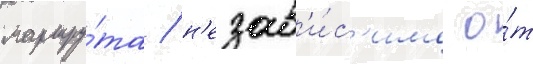
маршру́та / н'езав'и́с'имо о́т